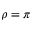
\rho = \pi